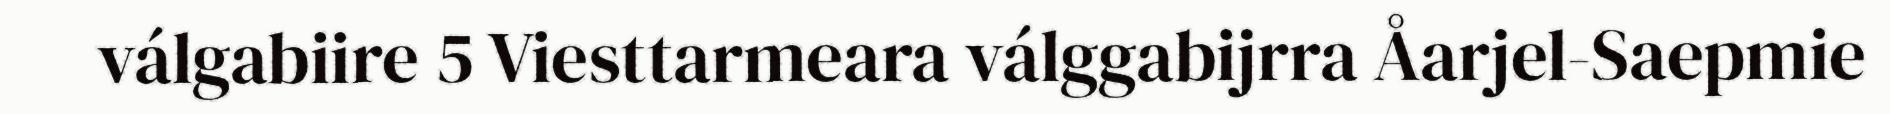
válgabiire 5 Viesttarmeara válggabijrra Åarjel-Saepmie